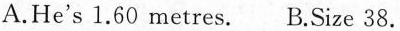
A.He's 1.60 metres. B.Size 38.